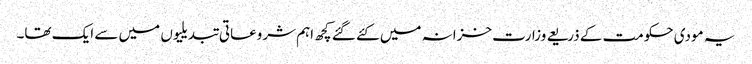
یہ مودی حکومت کے ذریعے وزارت خزانہ میں کئے گئے کچھ اہم شروعاتی تبدیلیوں میں سے ایک تھا۔